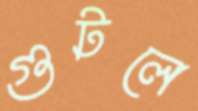
গুটলে